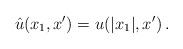
LaTeX: \begin{align*}\hat u(x_1,x')=u(|x_1|,x')~\!.\end{align*}